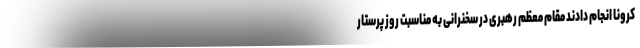
کرونا انجام دادند مقام معظم رهبری در سخنرانی به مناسبت روز پرستار